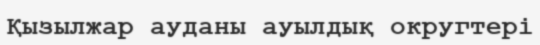
Қызылжар ауданы ауылдық округтері